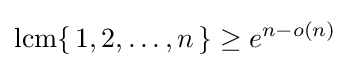
\operatorname {lcm} \{\,1,2,\ldots ,n\,\}\geq e^{n-o(n)}